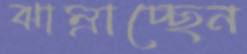
ঝাম্‌রাচ্ছেন